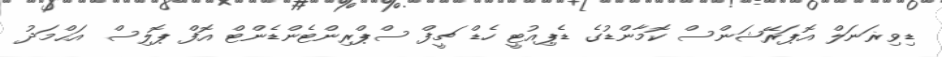
ޑިވިޜަނަލް އޮޕަރޭޝަންސް ކޮމާންޑުގެ ޑެޕިއުޓީ ހެޑް ޗީފް ސްޕްރިންޓެންޑެންޓް އޮފް ޕޮލިސް އަޙްމަދު